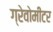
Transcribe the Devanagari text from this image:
ग्रेवोमीटर